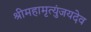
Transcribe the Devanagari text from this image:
श्रीमहामृत्युंजयदेव